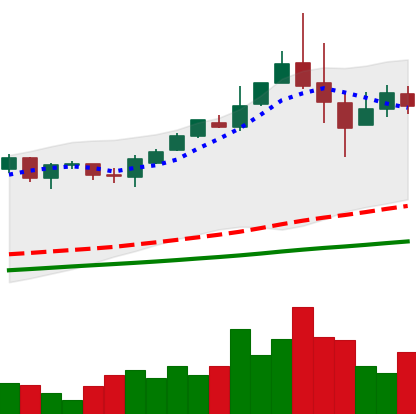
Ticker: BTC-USD
Chart end date: 2017-05-30
Forward return: 15.461%
Label: up_7plus